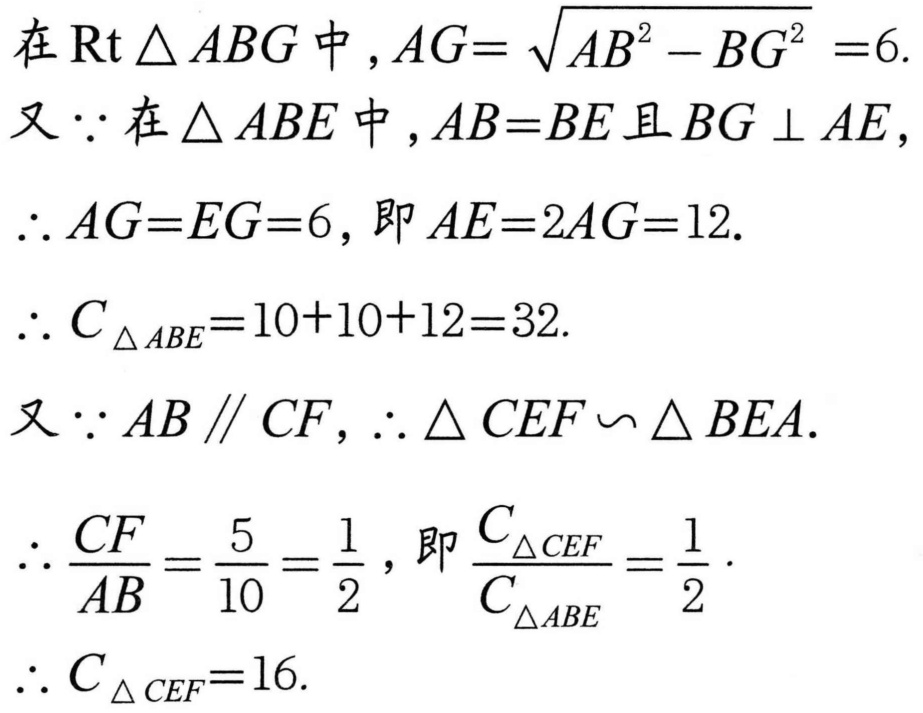
在\(\text{Rt}\triangle ABG\)中，\(AG = \sqrt{AB^{2}-BG^{2}} = 6\).
又\(\because\)在\(\triangle ABE\)中，\(AB = BE\)且\(BG\perp AE\)，
\(\therefore AG = EG = 6\)，即\(AE = 2AG = 12\).
\(\therefore C_{\triangle ABE}=10 + 10+12 = 32\).
又\(\because AB\parallel CF\)，\(\therefore\triangle CEF\backsim\triangle BEA\).
\(\therefore\frac{CF}{AB}=\frac{5}{10}=\frac{1}{2}\)，即\(\frac{C_{\triangle CEF}}{C_{\triangle ABE}}=\frac{1}{2}\).
\(\therefore C_{\triangle CEF}=16\).